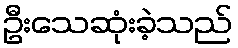
ဦးသေဆုံးခဲ့သည်